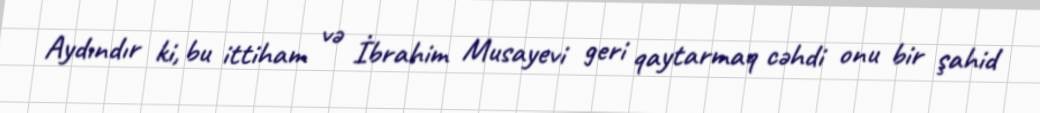
Aydındır ki, bu ittiham və İbrahim Musayevi geri qaytarmaq cəhdi onu bir şahid